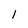
Character: 1